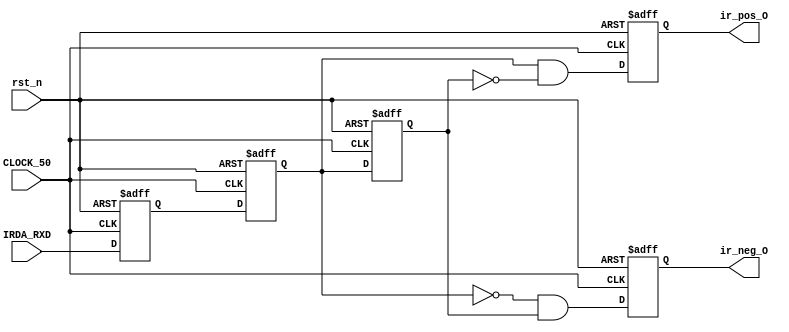
module ir_edge
(
    input       CLOCK_50,
    input       rst_n,
    input       IRDA_RXD,

    output      ir_pos_O,
    output      ir_neg_O    
);

reg     ir_1d;
reg     ir_2d;
reg     ir_3d;
reg     ir_pos;
reg     ir_neg;

assign      ir_pos_O = ir_pos;
assign      ir_neg_O = ir_neg;

always @(posedge CLOCK_50 or negedge rst_n)begin    // first latch
    if(!rst_n)begin
        ir_1d <= 1'b0;
    end
    else begin
        ir_1d <= IRDA_RXD;
    end
end
always @(posedge CLOCK_50 or negedge rst_n)begin    // second latch
    if(!rst_n)begin
        ir_2d <= 1'b0;
    end
    else begin
        ir_2d <= ir_1d;
    end
end
always @(posedge CLOCK_50 or negedge rst_n)begin    // third latch
    if(!rst_n)begin
        ir_3d <= 1'b0;
    end
    else begin
        ir_3d <= ir_2d;
    end
end
always @(posedge CLOCK_50 or negedge rst_n)begin    // pos edge
    if(!rst_n)begin
        ir_pos <= 1'b0;
    end
    else begin
        ir_pos <= ir_2d & !ir_3d;
    end
end
always @(posedge CLOCK_50 or negedge rst_n)begin    // neg edge
    if(!rst_n)begin
        ir_neg <= 1'b0;
    end
    else begin
        ir_neg <= !ir_2d & ir_3d;
    end
end

endmodule